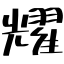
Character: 耀